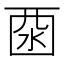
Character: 𱦆